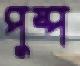
পুষ্প